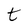
Character: t